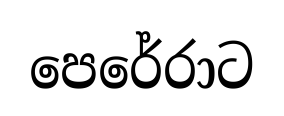
පෙරේරාට